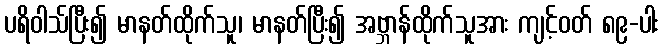
ပရိဝါသ်ပြီး၍ မာနတ်ထိုက်သူ၊ မာနတ်ပြီး၍ အဗ္ဘာန်ထိုက်သူအား ကျင့်ဝတ် ၈၉-ပါး